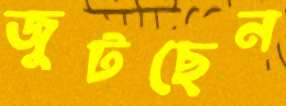
জুটছেন